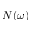
N ( \protect \omega )